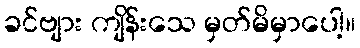
ခင်ဗျား ကျိန်းသေ မှတ်မိမှာပေါ့။